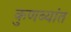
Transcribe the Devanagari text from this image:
कुणब्यांत